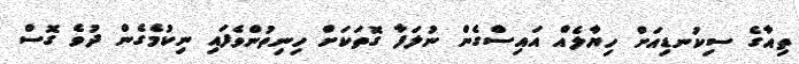
ތިއާގެ ސިކުނޑިއަށް ހިޔާލެއް އައިސްގެން ނުލަފާ ގޮތަކަށް ހިނިތުންވެފައި ނިކުމެގެން ދުވެ ގޮސް